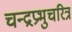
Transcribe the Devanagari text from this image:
चन्द्रप्रभुचरित्र